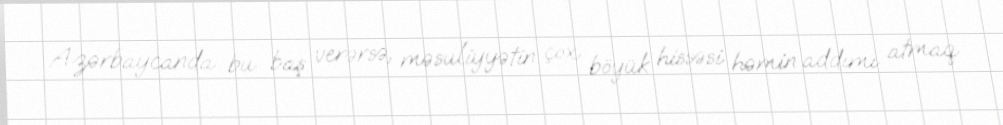
Azərbaycanda bu baş verərsə, məsuliyyətin çox böyük hissəsi həmin addımı atmaq